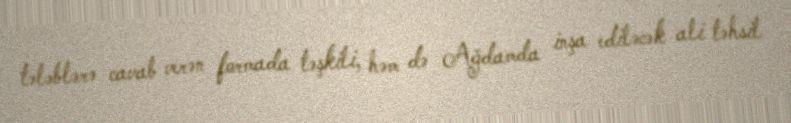
tələblərə cavab verən formada təşkili, həm də Ağdamda inşa ediləcək ali təhsil